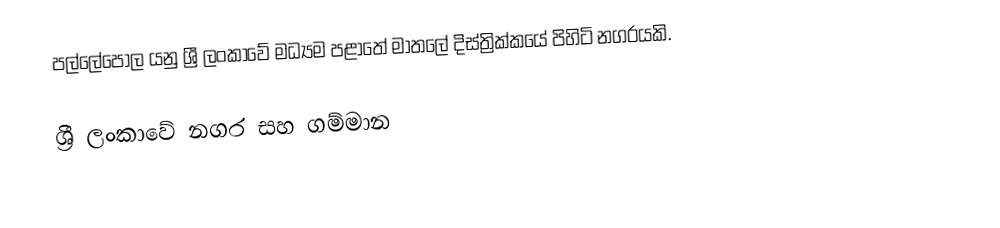
පල්ලේපොල යනු ශ්‍රී ලංකාවේ  මධ්‍යම පළාතේ මාතලේ දිස්ත්‍රික්කයේ පිහිටි  නගරයකි.

ශ්‍රී ලංකාවේ නගර සහ ගම්මාන